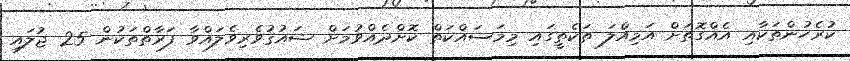
ކުރެހުންތަކާއި އެއްގޮތަށް އަމިއްލަ ތަކެތީގައި މިމަސައްކަތް ކޮށްދެއްވުމަށް ޝައުޤުވެރިވެލައްވާ ފަރާތްތަކުން 25 ޖުލައި